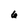
Character: 6